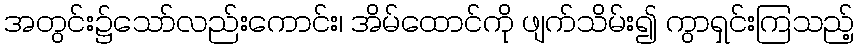
အတွင်း၌သော်လည်းကောင်း၊ အိမ်ထောင်ကို ဖျက်သိမ်း၍ ကွာရှင်းကြသည့်